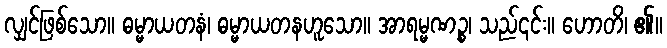
လျှင်ဖြစ်သော။ ဓမ္မာယတနံ၊ ဓမ္မာယတနဟူသော။ အာရမ္မဏဉ္စ၊ သည်၎င်း။ ဟောတိ၊ ၏။